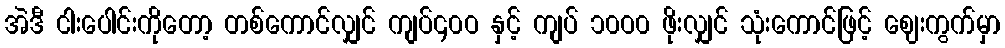
အဲဒီ ငါးပေါင်းကိုတော့ တစ်ကောင်လျှင် ကျပ်၄၀ဝ နှင့် ကျပ် ၁၀ဝ၀ ဖိုးလျှင် သုံးကောင်ဖြင့် ဈေးကွက်မှာ